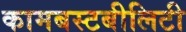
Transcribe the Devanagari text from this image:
कामबस्टबीलिटी